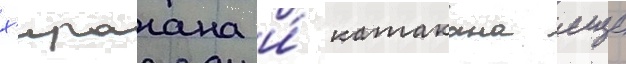
х'ирагана и́ катакана еще